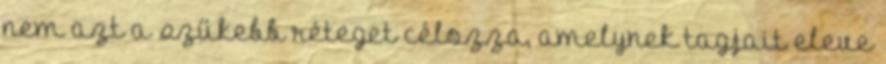
nem azt a szűkebb réteget célozza, amelynek tagjait eleve